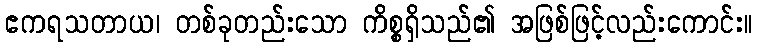
ဧကရသတာယ၊ တစ်ခုတည်းသော ကိစ္စရှိသည်၏ အဖြစ်ဖြင့်လည်းကောင်း။